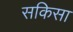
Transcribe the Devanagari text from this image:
सकिसा